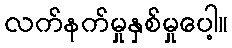
လက်နက်မှုနှစ်မှုပေါ့။